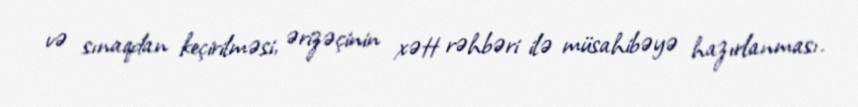
və sınaqdan keçirilməsi, ərizəçinin xətt rəhbəri ilə müsahibəyə hazırlanması.